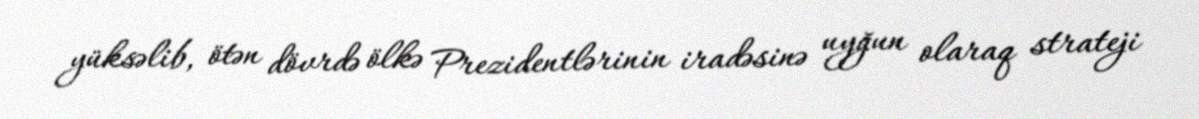
yüksəlib, ötən dövrdə ölkə Prezidentlərinin iradəsinə uyğun olaraq strateji